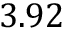
3 . 9 2